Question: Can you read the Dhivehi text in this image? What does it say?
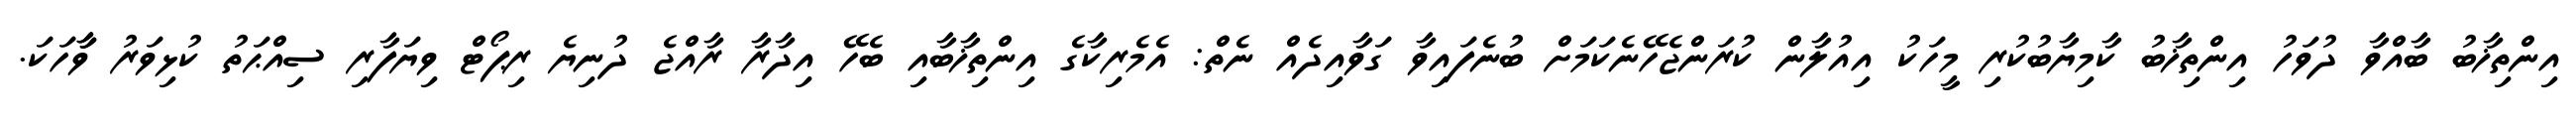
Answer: އިންތިޚާބު ބާއްވާ ދުވަހު އިންތިޚާބު ކާމިޔާބުކުރި މީހަކު އިއުލާން ކުރަންޖެހޭނެކަމަށް ބުނެފައިވާ ގަވާއިދެއް ނެތް: އެމެރިކާގެ އިންތިޚާބާއި ބެހޭ އިދާރާ ރާއްޖެ ދުނިޔެ ރިޕޯޓް ވިޔަފާރި ސިއްޙަތު ކުޅިވަރު ވާާހަކަ.